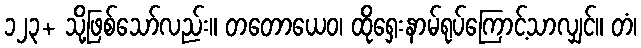
၁၂၃+ သို့ဖြစ်သော်လည်း။ တတောယေဝ၊ ထိုရှေးနာမ်ရုပ်ကြောင့်သာလျှင်။ တံ၊